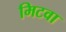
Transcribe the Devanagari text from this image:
मिटवा